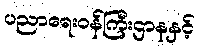
ပညာရေးဝန်ကြီးဌာနနှင့်